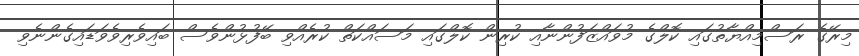
މިރޭގެ ރަސްމިއްޔާތުގައި ކޮލްގެ މުވައްޒަފުންނާއި ކުރިން ކޮލްގައި މަސައްކަތް ކުރެއްވި ބޭފުޅުންވެސް ބައިވެރިވެވަޑައިގެންނެވި